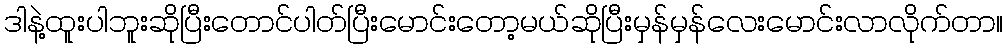
ဒါနဲ့ထူးပါဘူးဆိုပြီးတောင်ပါတ်ပြီးမောင်းတော့မယ်ဆိုပြီးမှန်မှန်လေးမောင်းလာလိုက်တာ။